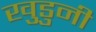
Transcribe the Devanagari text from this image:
खुडुनी